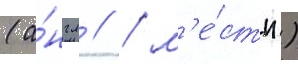
(а́нгл // / м'е́стн.)